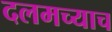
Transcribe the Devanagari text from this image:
दलमच्याच